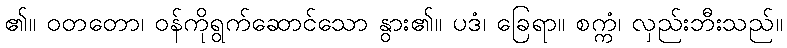
၏။ ဝတတော၊ ဝန်ကိုရွက်ဆောင်သော နွား၏။ ပဒံ၊ ခြေရာ။ စက္ကံ၊ လှည်းဘီးသည်။